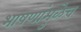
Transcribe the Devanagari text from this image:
भाषणांमुळेच